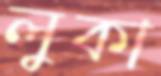
লুকা